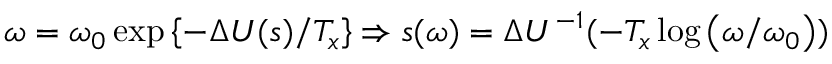
\omega = \omega _ { 0 } \exp \left\{ - \Delta U ( s ) / T _ { x } \right\} \Rightarrow s ( \omega ) = \Delta U ^ { - 1 } ( - T _ { x } \log \left( \omega / \omega _ { 0 } \right) )